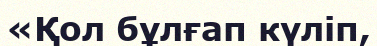
«Қол бұлғап күліп,